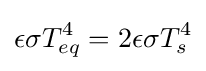
\epsilon \sigma T_{eq}^{4}=2\epsilon \sigma T_{s}^{4}